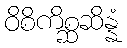
ဝိစိကိစ္ဆဆိန္နံ